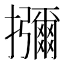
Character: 𭣐